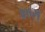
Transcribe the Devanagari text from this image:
४०स्